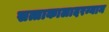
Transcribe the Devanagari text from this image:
सत्ताकालादरम्यान